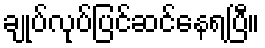
ချုပ်လုပ်ပြင်ဆင်နေရပြီ။